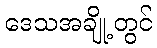
ဒေသအချို့တွင်